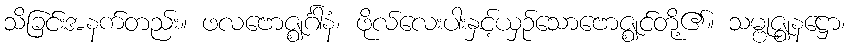
သိခြင်းအနက်တည်း။ ဖလဗောဇ္ဈင်္ဂါနံ၊ ဖိုလ်လေးပါးနှင့်ယှဉ်သောဗောဇ္ဈင်တို့၏။ သမ္ဗုဇ္ဈနဋ္ဌော၊